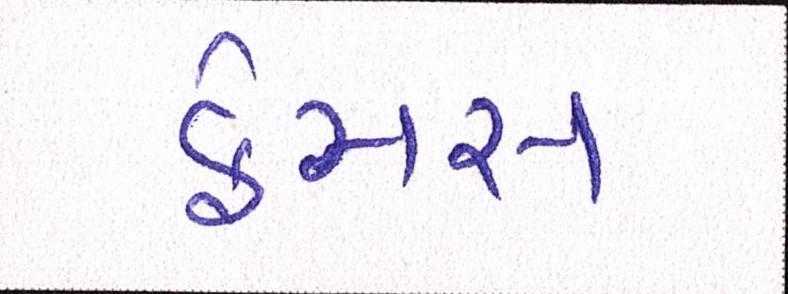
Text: ફેમસ